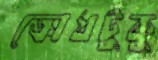
ক্রোধটুকু